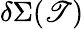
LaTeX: \delta\Sigma(\mathscr{T})